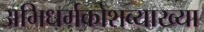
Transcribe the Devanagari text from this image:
अभिधर्मकोशव्याख्या